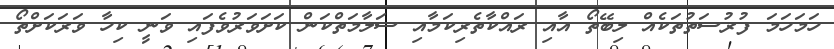
ހަމަހަމަ ފުރުސަތުތަކެއް ލިބޭތޯ އާއި ރައްކާތެރިކަމާއި ސަލާމަތްކަން ކަށަވަރުވެފައި ވަނީ ކިހާ ވަރަކަށްތޯ